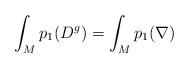
LaTeX: \begin{align*}\int_M p_1(D^g)= \int_M p_1(\nabla)\end{align*}